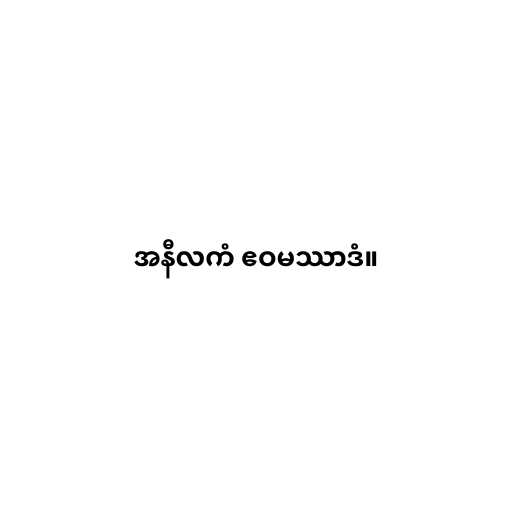
အနီလကံ ဧဝမဿာဒံ။